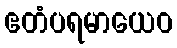
ဧတံပရမာယေဝ